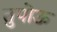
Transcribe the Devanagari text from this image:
तुपोऊ